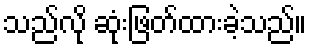
သည်လို ဆုံးဖြတ်ထားခဲ့သည်။